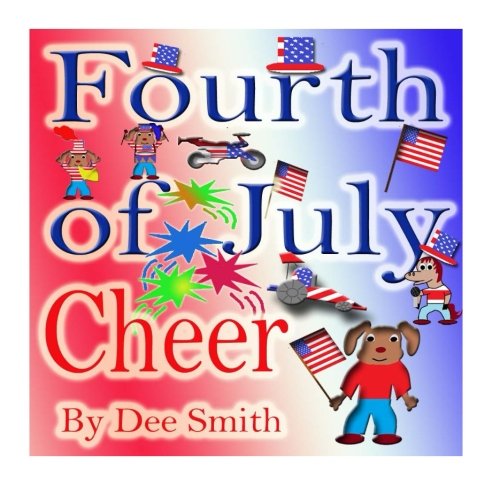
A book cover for Fourth of July Cheer: A Rhyming Picture Book for Children about the Fourth of July, July 4th Cheer and Family Fun on the Fourth of July; Dee Smith; Children's Books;